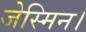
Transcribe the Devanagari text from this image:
जेस्मिन।